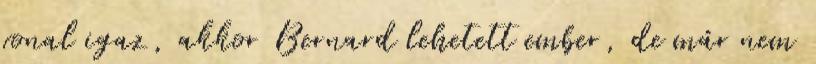
vonal igaz, akkor Bernard lehetett ember, de már nem